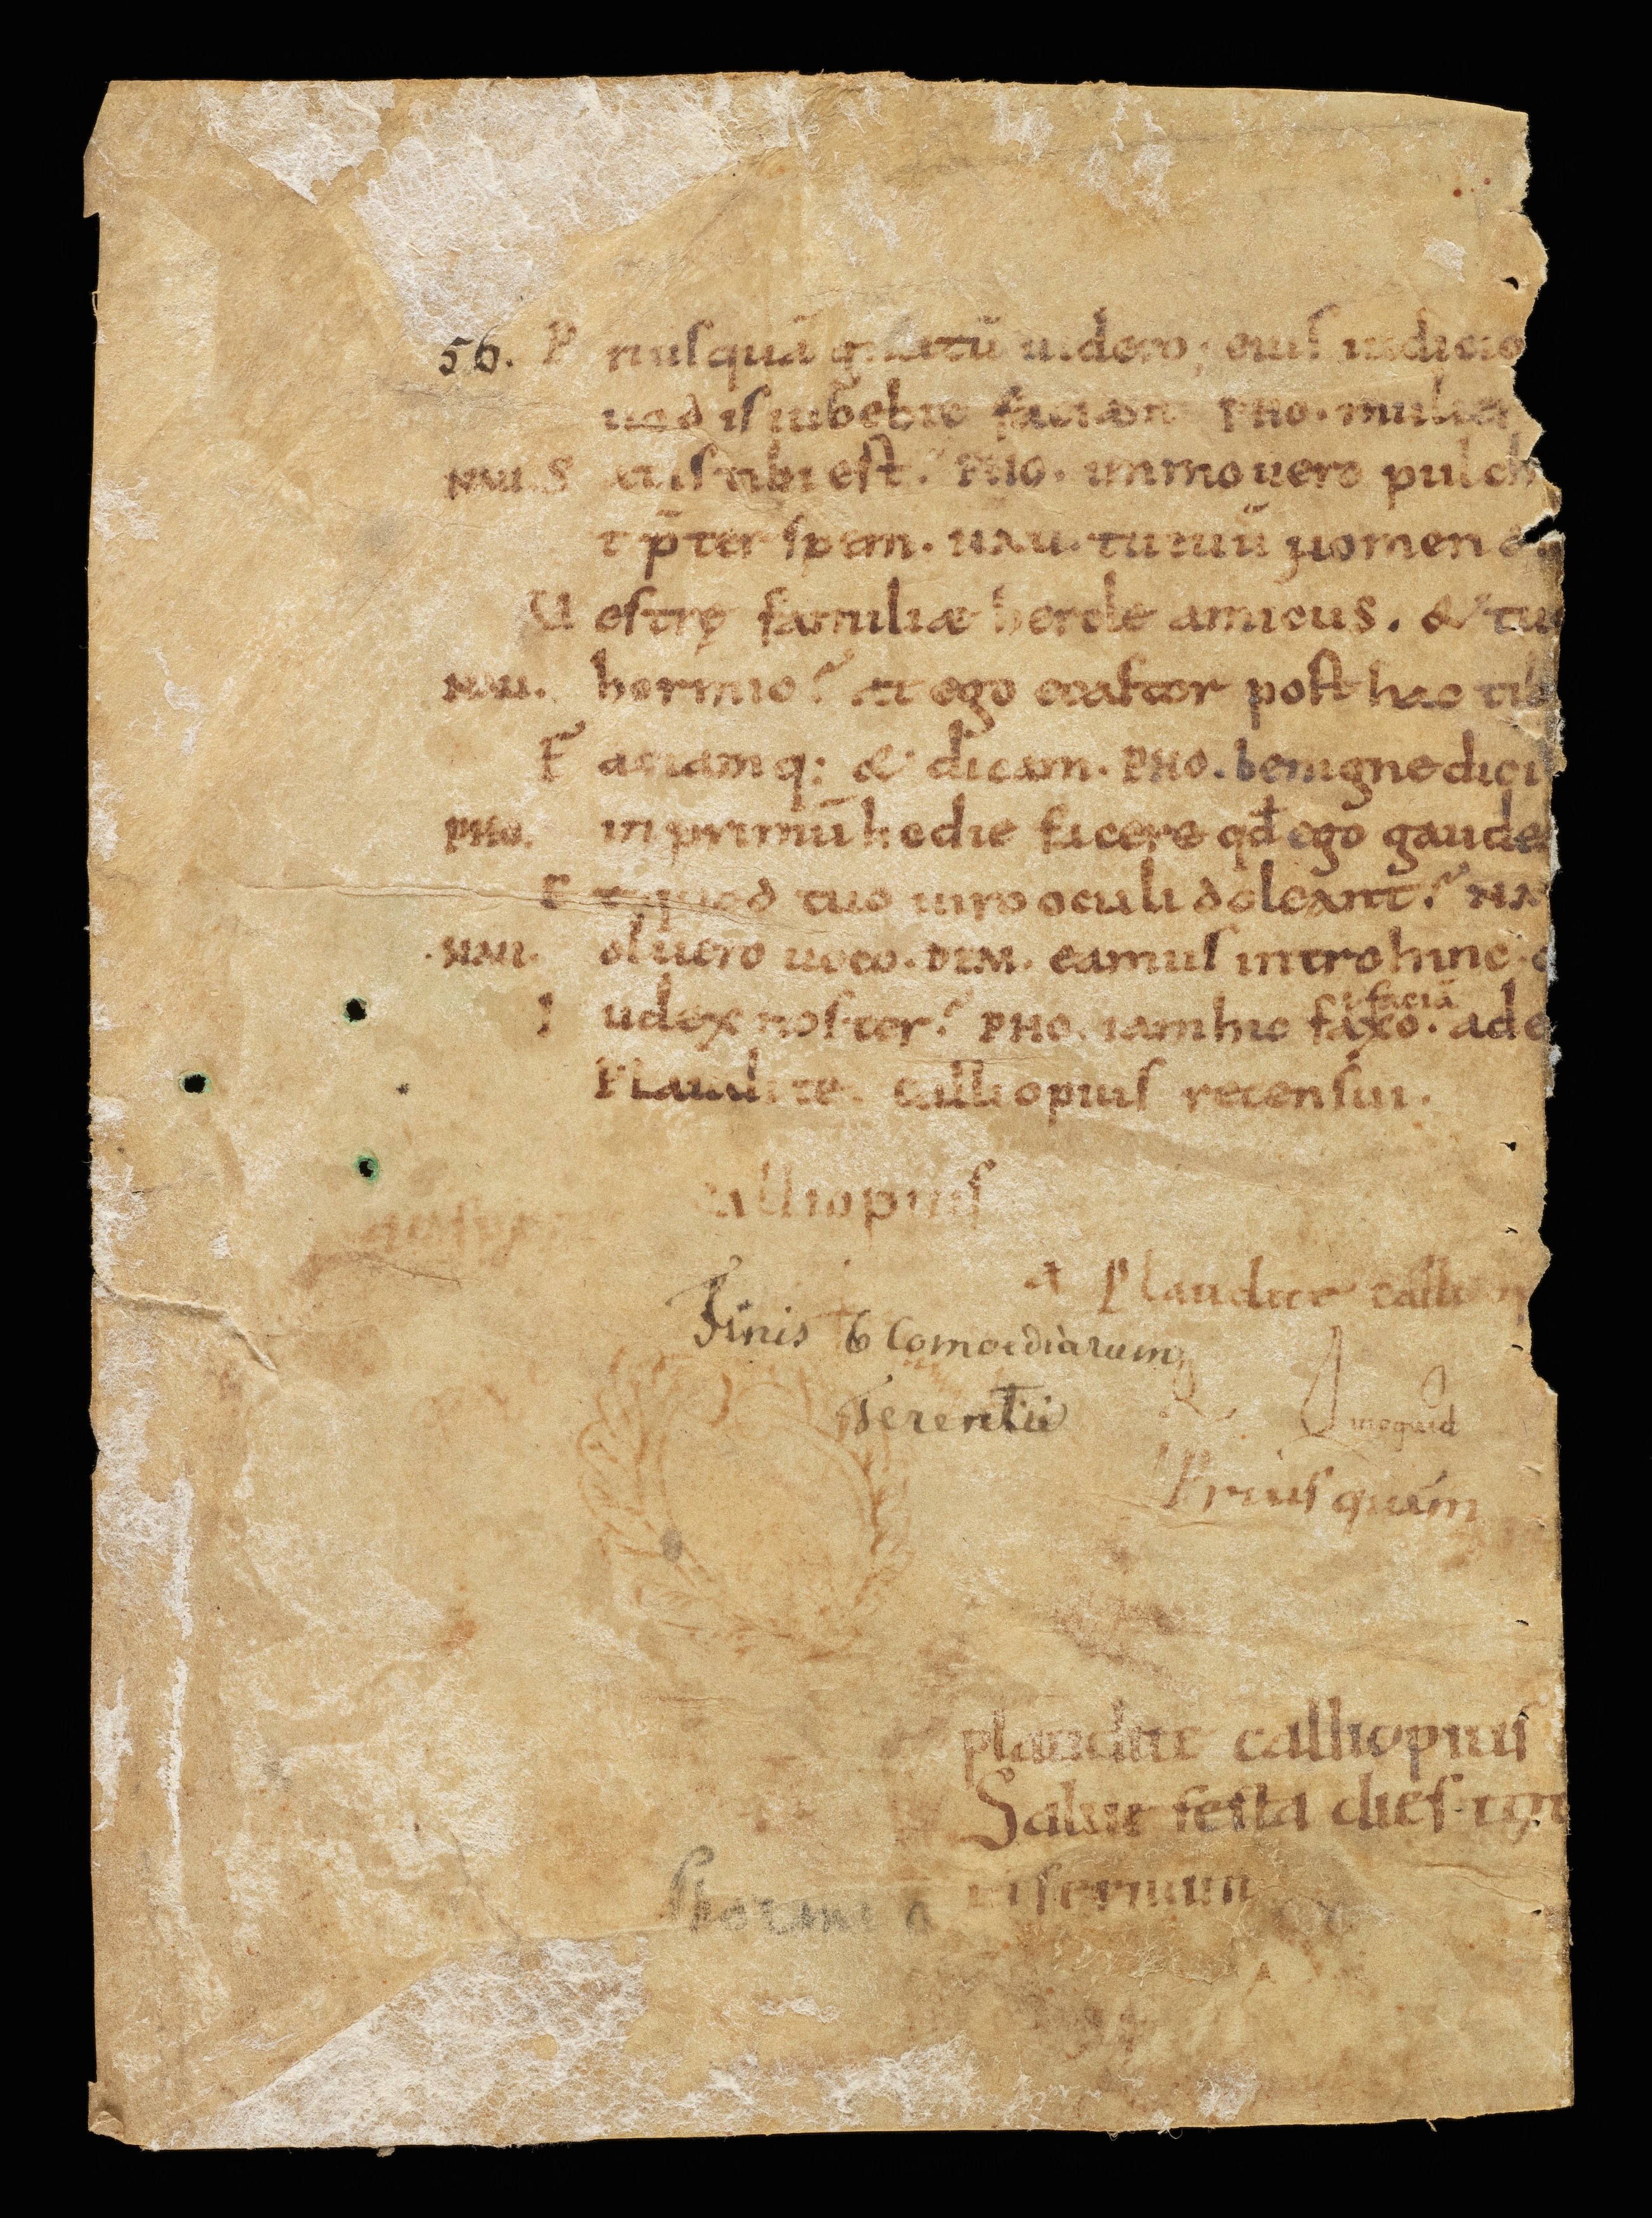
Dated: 950–999